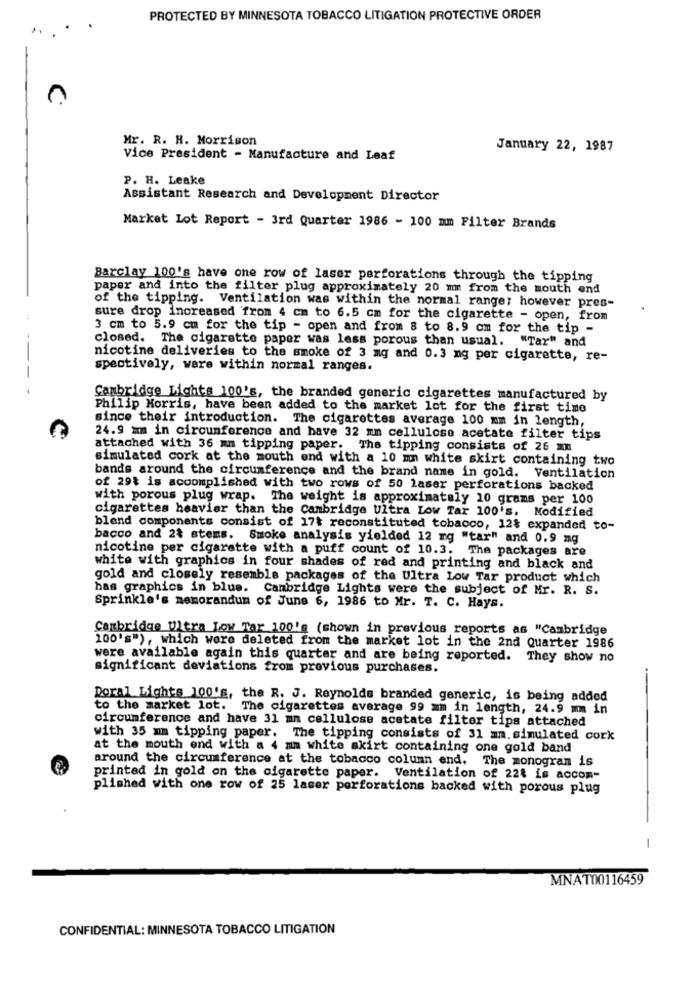
PROTECTED BY MINNESOTA TOBACCO LITIGATION PROTECTIVE ORDER
.
Mr. R. H. Morrison
January 22, 1987
Vice President - Manufacture and Leaf
P. H. Leake
Assistant Research and Development Director
Market Lot Report - 3rd Quarter 1986 - 100 mm Filter Brands
Barclay 100's have one row of laser perforations through the tipping
paper and into the filter plug approximately 20 mm from the mouth end
of the tipping. Ventilation was within the normal range; however pres-
sure drop Increased from 4 cm to 6.5 cm for the cigarette - open, from
3 cm to 5.9 cm for the tip - open and from 8 to 8.9 cm for the tip -
closed. The cigarette paper was less porous than usual. "Tar" and
nicotine deliveries to the smoke of 3 mg and 0.3 mg per cigarette, re-
spectively, were within normal ranges.
Cambridge Lights 100's, the branded generic cigarettes manufactured by
Philip Morris, have been added to the market lot for the first time
since their introduction. The cigarettes average 100 mm in length,
24.9 mm in circumference and have 32 mm cellulose acetate filter tips
attached with 36 mm tipping paper. The tipping consists of 26 mn
simulated cork at the mouth end with a 10 mn white skirt containing two
bands around the circumference and the brand name in gold. Ventilation
of 29% is accomplished with two rows of 50 laser perforations backed
with porous plug wrap. The weight is approximately 10 grams per 100
cigarettes heavier than the Cambridge Ultra Low Tar 100's. Modified
blend components consist of 17t reconstituted tobacco, 12$ expanded to-
bacco and 24 stems. Smoke analysis yielded 12 mg "tar" and 0.9 mg
nicotine per cigarette with a puff count of 10.3. The packages are
white with graphics in four shades of red and printing and black and
gold and closely resemble packages of the Ultra Low Tar product which
bas graphics in blue. Cambridge Lights were the subject of Mr. R. S.
Sprinkle's memorandum of June 6, 1986 to Mr. T. C. Hays.
Cambridge Ultra Low Tar 100's (shown in previous reports as "Cambridge
100's"), which were deleted from the market lot in the 2nd Quarter 1986
were available again this quarter and are being reported. They show no
significant deviations from previous purchases.
Doral Lights 100'g, the R. J. Reynolds branded generic, is being added
to the market lot. The cigarettes average 99 mm in length, 24.9 mm in
circumference and have 31 mn cellulose acetate filter tips attached
with 35 mm tipping paper. The tipping consists of 31 mm. simulated cork
at the mouth end with a 4 mm white skirt containing one gold band
around the circumference at the tobacco column end. The monogram is
printed in gold on the cigarette paper. Ventilation of 22{ is accom-
plished with one row of 25 laser perforations backed with porous plug
-
MNAT00116459
CONFIDENTIAL: MINNESOTA TOBACCO LITIGATION